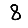
Digit: 8